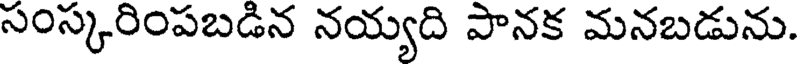
సంస్కరింపబడిన నయ్యది పానక మనబడును.